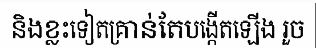
និងខ្លះទៀតគ្រាន់តែបង្កើតឡើង រួច